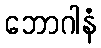
ဘောဂါနံ